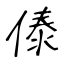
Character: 傣